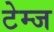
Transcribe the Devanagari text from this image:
टेम्ज